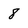
Character: 8